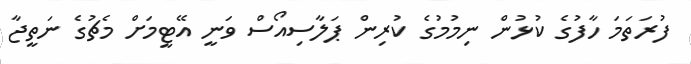
ފުރަތަމަ ހާފުގެ ކުޅުން ނިމުމުގެ ކުރިން ޕަލާސިއޯސް ވަނީ އޭޓީމަށް މެޗުގެ ނަތީޖާ